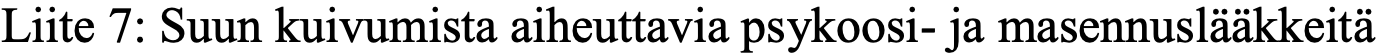
Liite 7: Suun kuivumista aiheuttavia psykoosi- ja masennuslääkkeitä